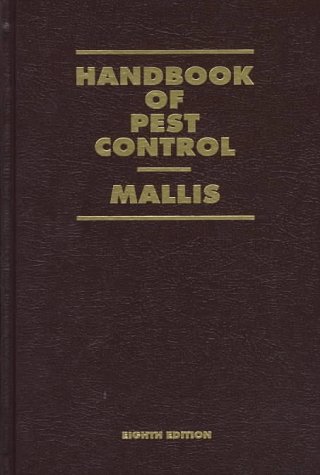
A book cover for Handbook of Pest Control: The Behavior, Life History, and Control of Household Pests; Arnold Mallis; Crafts, Hobbies & Home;